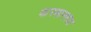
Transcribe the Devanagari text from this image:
फरमानरवा